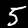
Digit: 5